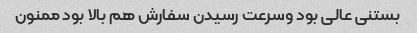
بستنی عالی بود وسرعت رسیدن سفارش هم بالا بود ممنون